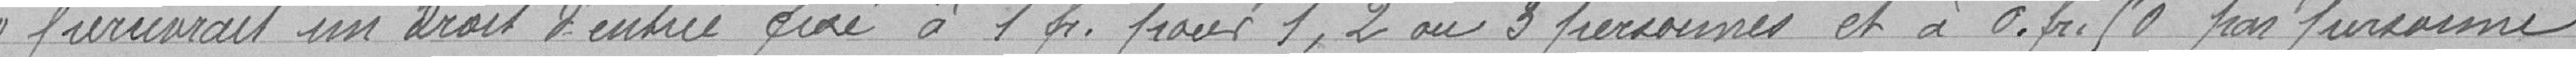
percevrait un droit d'entrée fixé à 1 franc pour 1, 2 ou 3 personnes et à O franc 50 par personne